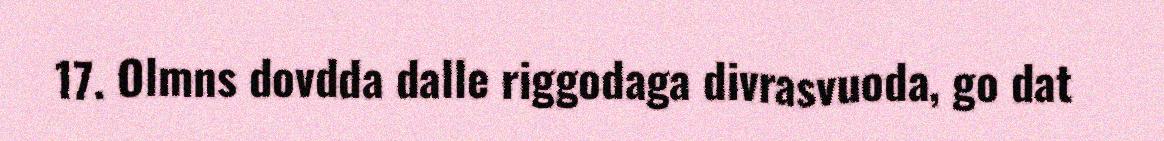
17. Olmns dovdda dalle riggodaga divrasvuoda, go dat